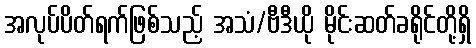
အလုပ်ပိတ်ရက်ဖြစ်သည့် အသံ/ဗီဒီယို မိုင်းဆတ်ခရိုင်တို့ရှိ